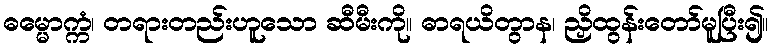
ဓမ္မောက္ကံ၊ တရားတည်းဟူသော ဆီမီးကို။ ဓာရယိတွာန၊ ညှိထွန်းတော်မူပြီး၍။